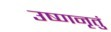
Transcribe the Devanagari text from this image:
उष्णनृतुं